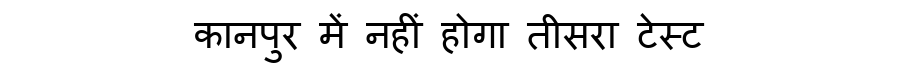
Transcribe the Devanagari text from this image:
कानपुर में नहीं होगा तीसरा टेस्ट